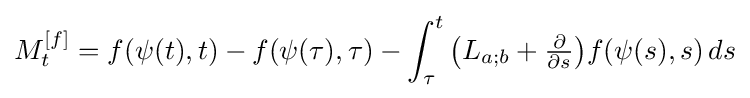
M_{t}^{[f]}=f(\psi (t),t)-f(\psi (\tau ),\tau )-\int _{\tau }^{t}{\bigl (}L_{a;b}+{\tfrac {\partial }{\partial s}}{\bigr )}f(\psi (s),s)\,ds